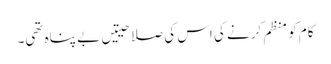
کام کو منظم کرنے کی اس کی صلاحیتیں بے پناہ تھی۔